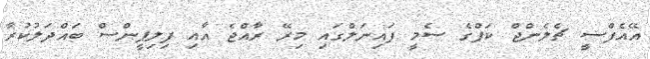
އޭއެފްސީ ޗެލެންޖް ކަޕްގެ ސެމީ ފައިނަލްގައި މިރޭ ރާއްޖެ އާއި ފިލިޕީންސް ބައްދަލުކުރާ